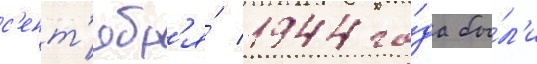
с'ент'ябр'я́ 1944 го́да бы́л'и